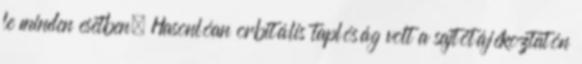
le minden esetben. Hasonlóan orbitális taplóság volt a sajtótájékoztatón